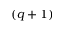
( q + 1 )